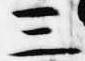
三